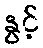
နွင့်